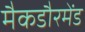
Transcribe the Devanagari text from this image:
मैकडौरमेंड